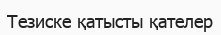
Тезиске қатысты қателер